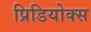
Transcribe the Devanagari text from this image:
प्रिडियोक्स